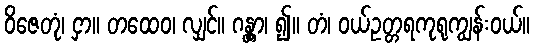
ဝိဇေတုံ၊ ငှာ။ တထေဝ၊ လျှင်။ ဂန္တွာ၊ ၍။ တံ၊ ဝယ်ဥတ္တရကုရုကျွန်းဝယ်။